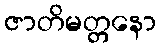
ဇာတိမတ္တနော